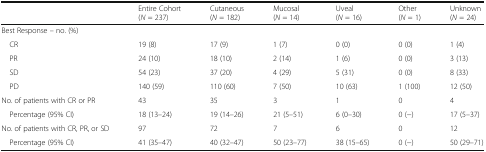
|  | Entire Cohort(N = 237) | Cutaneous(N = 182) | Mucosal(N = 14) | Uveal(N = 16) | Other(N = 1) | Unknown(N = 24) |
 | --- | --- | --- | --- | --- | --- | --- |
 | <COLSPAN=7> Best Response – no. (%) |
 | CR | 19 (8) | 17 (9) | 1 (7) | 0 (0) | 0 (0) | 1 (4) |
 | PR | 24 (10) | 18 (10) | 2 (14) | 1 (6) | 0 (0) | 3 (13) |
 | SD | 54 (23) | 37 (20) | 4 (29) | 5 (31) | 0 (0) | 8 (33) |
 | PD | 140 (59) | 110 (60) | 7 (50) | 10 (63) | 1 (100) | 12 (50) |
 | No. of patients with CR or PR | 43 | 35 | 3 | 1 | 0 | 4 |
 | Percentage (95% CI) | 18 (13–24) | 19 (14–26) | 21 (5–51) | 6 (0–30) | 0 (−) | 17 (5–37) |
 | No. of patients with CR, PR, or SD | 97 | 72 | 7 | 6 | 0 | 12 |
 | Percentage (95% CI) | 41 (35–47) | 40 (32–47) | 50 (23–77) | 38 (15–65) | 0 (−) | 50 (29–71) |